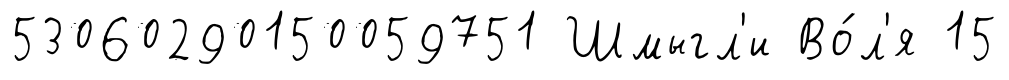
53060290150059751 Шмыгл'и Во́л'я 15